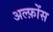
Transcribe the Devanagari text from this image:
अल्फ़ोंस